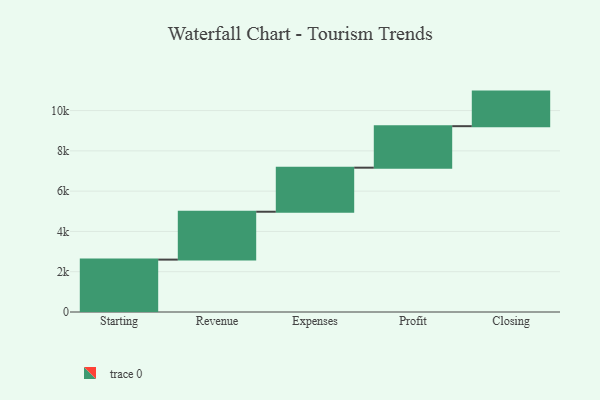
{"axis": {"x": "Step", "y": "Value"}, "legend": [""], "data": [{"x": "Starting", "y": 2601.0, "type": ""}, {"x": "Revenue", "y": 2377.0, "type": ""}, {"x": "Expenses", "y": 2187.0, "type": ""}, {"x": "Profit", "y": 2060.0, "type": ""}, {"x": "Closing", "y": 1717.0, "type": ""}]}